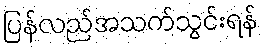
ပြန်လည်အသက်သွင်းရန်